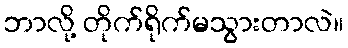
ဘာလို့ တိုက်ရိုက်မသွားတာလဲ။